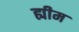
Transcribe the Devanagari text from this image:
ह्यीम